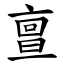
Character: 亶